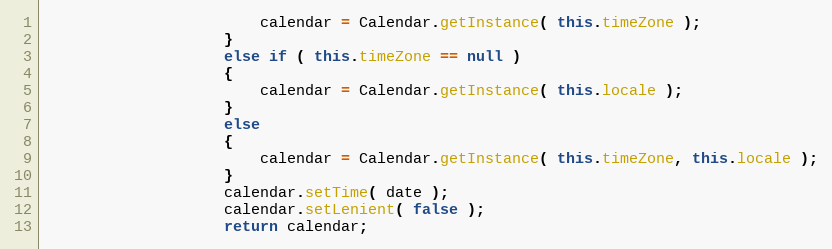
Language: Java
                        calendar = Calendar.getInstance( this.timeZone );
                    }
                    else if ( this.timeZone == null )
                    {
                        calendar = Calendar.getInstance( this.locale );
                    }
                    else
                    {
                        calendar = Calendar.getInstance( this.timeZone, this.locale );
                    }
                    calendar.setTime( date );
                    calendar.setLenient( false );
                    return calendar;